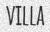
VILLA